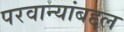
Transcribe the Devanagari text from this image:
परवान्यांबद्दल